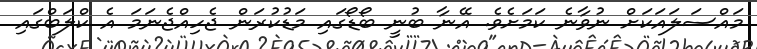
މައްސަލައަކަށް ނުވާނެ ކަމަށެވެ. އޭނާ ބުނީ ބޯޑޯގައި މަޑުކުރަން ޖެހިއްޖެނަމަ އެ ކްލަބްގައި